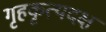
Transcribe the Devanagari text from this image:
गृहकृत्यदक्ष